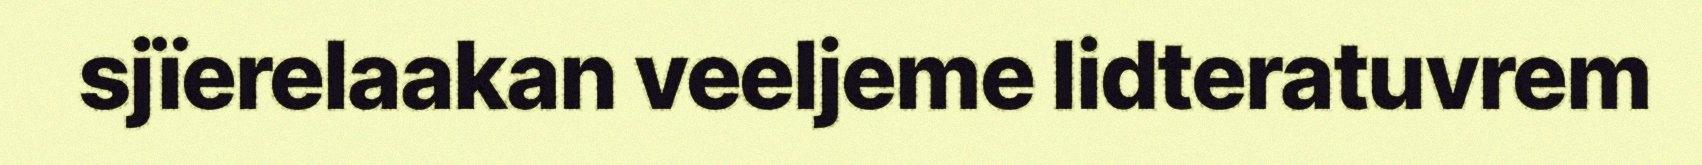
sjïerelaakan veeljeme lidteratuvrem